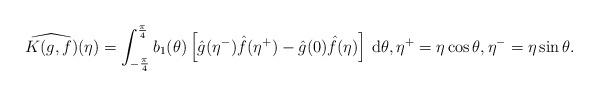
LaTeX: \begin{align*}\widehat{K(g,f)}(\eta) = \int_{-\frac{\pi}{4}}^{\frac{\pi}{4}} b_1(\theta) \left[ \hat{g}(\eta^-)\hat{f}(\eta^+) - \hat{g}(0) \hat{f}(\eta)\right] \,\mathrm{d}\theta, \eta^+ = \eta \cos\theta, \eta^- = \eta \sin\theta.\end{align*}